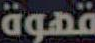
قهوة